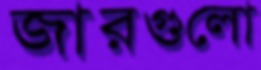
জারগুলো